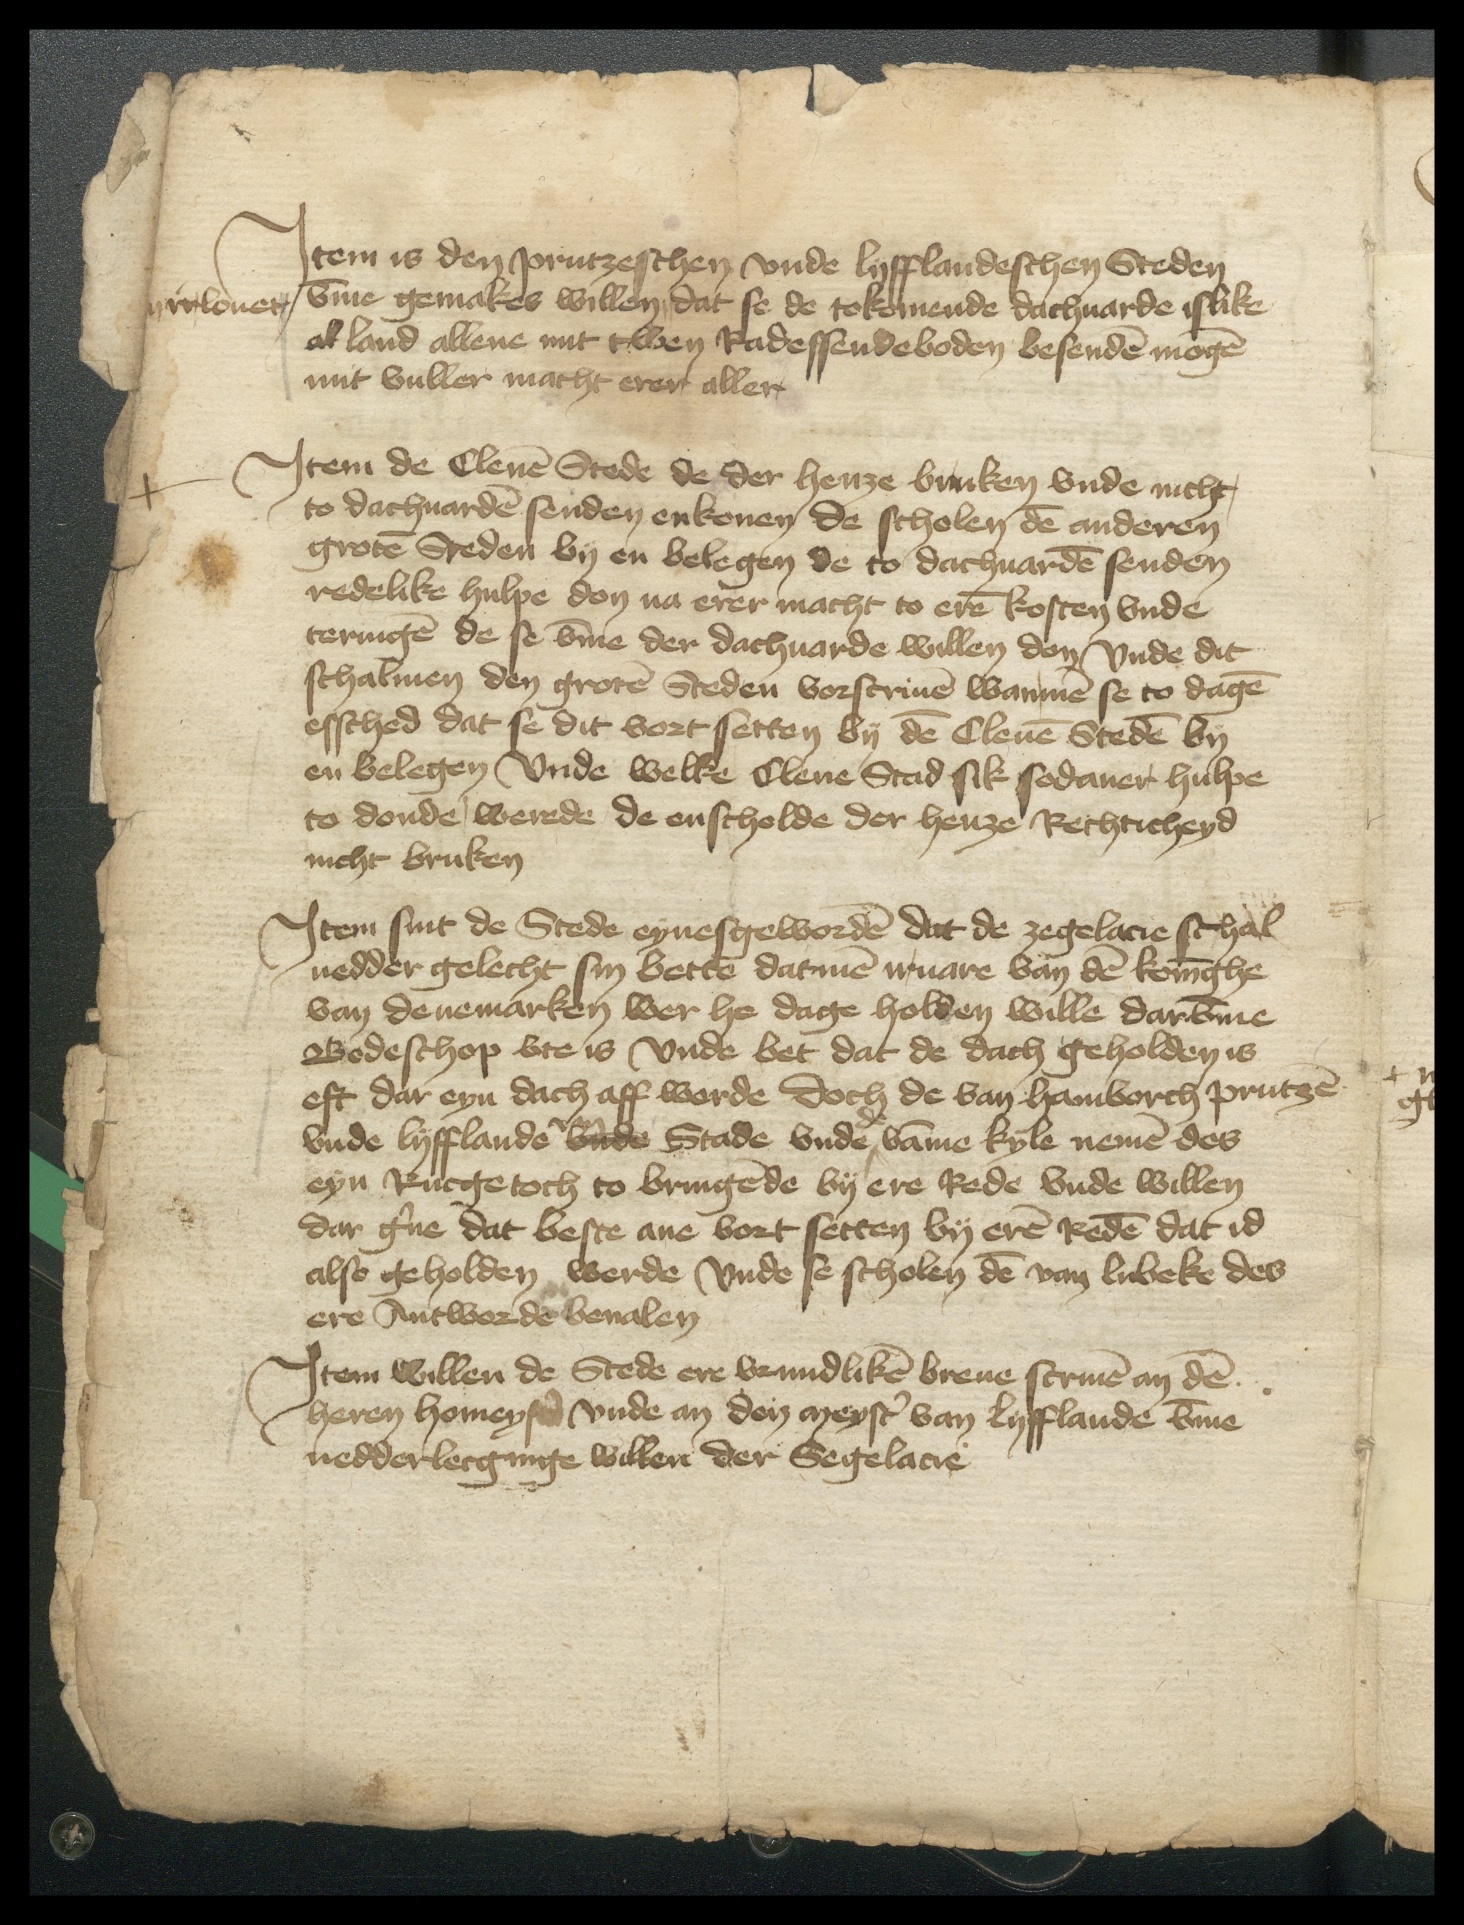
Jtem is den Prutzeschen vnde Lyfflandeschen Steden
vmme gemakes willen, dat se de tokomende dachuarde islike
irrelouet
al land allene mit twen Radessendeboden besenden mogen
mit vuller macht erer aller

Jtem de Clenen Stede de der henze bruken vnde nicht,
to dachuarden senden en konen de scholen den anderen
groten Steden by en belegen de to dachuarden senden
redelike hulpe don na erer macht to eren kosten vnde
teringen de se vmme der dachuarde willen don Vnde dit
schalmen den groten Steden vorscriuen wan men se to dagen
essched dat se dit vort setten by den Clenen Steden by
en belegen Vnde welke Clene Stad sik sodaner hulpe
to donde, werede de enscholde der henze Rechticheyd
nicht bruken

Jtem sint de Stede eynesgeworden dat de zegelacie schal
nedder gelecht sin bette datmen iruare van den koninghe
van Denemarken wer he dage holben wille darvmme
Bodeschop vte is vnde bet dat de dach geholden is
eft dar eyn dach aff werde doch de van Hamborch Prutzen
de
vnde Lyfflande van vnde Stade vnde | vamme Kyle nemen des
eyn Rucgetoch to bringende by ere Rede vnde willen
dar gerne dat beste ane vort setten by eren Reden dat id
also geholden werde vnde se scholen den van Lubeke des
ere Antworde beualen

Jtem willen de Stede ere vrundliken breue scriuen an den
heren homeyster vnde an den meyster van Lyfflande vmme
nedderlecginge willen der Segelacie